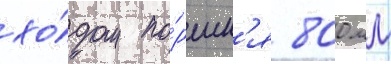
хо́дом по́ршн'я 800 мм